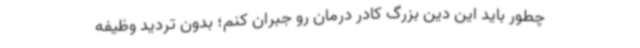
چطور باید این دین بزرگ کادر درمان رو جبران کنم؛ بدون تردید وظیفه